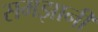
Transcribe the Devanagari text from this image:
समझानी